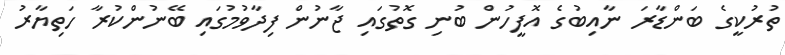
ތުރުކީގެ ބަންޑާރަ ނާއިބުގެ އޮފީހުން ބުނި ގޮތުގައި ޖާނުން ފިދާވުމުގައި ބޭނުންކުރާ ހަތިޔާރު